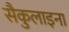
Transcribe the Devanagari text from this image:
सैकुलाइना